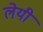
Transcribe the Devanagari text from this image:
लेयी